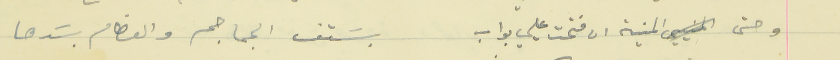
وحتى  المنية ان فتحت عليي بواب                     بسَتف الجماجم والعظام بسَدها